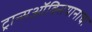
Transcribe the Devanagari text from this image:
ट्रान्सऑक्सियानाचा